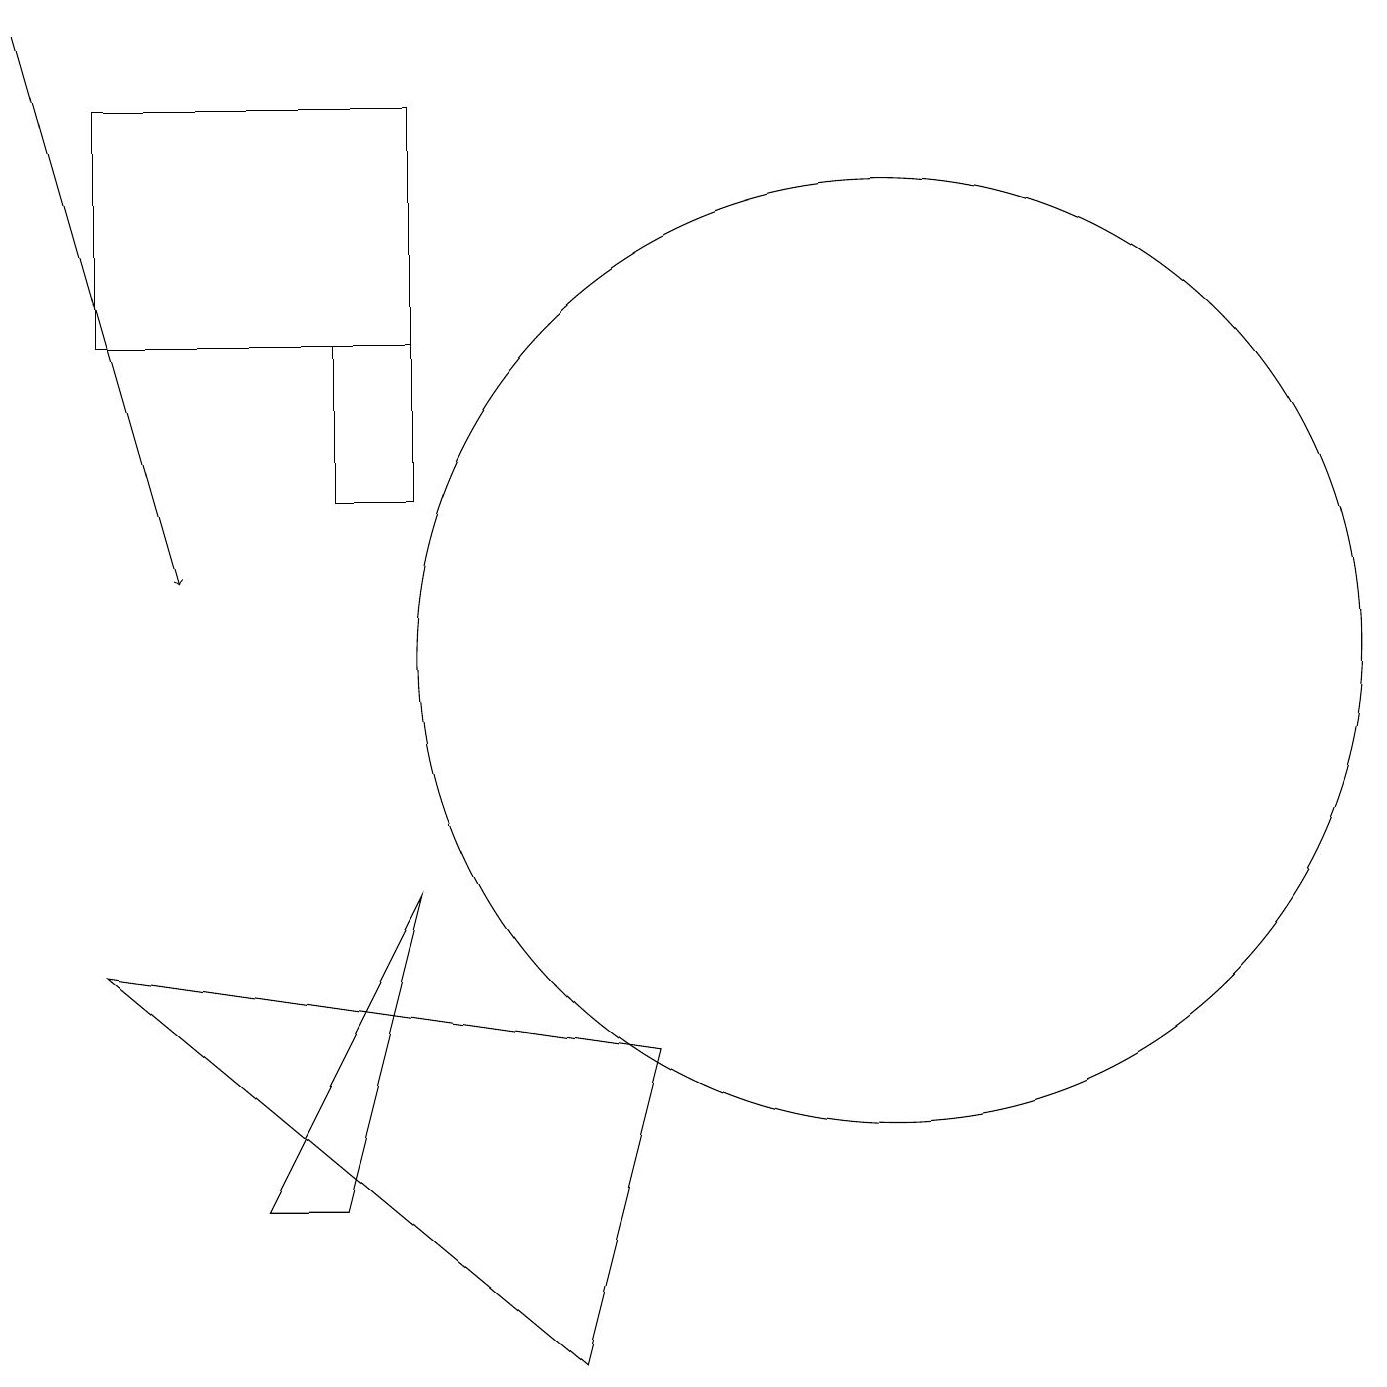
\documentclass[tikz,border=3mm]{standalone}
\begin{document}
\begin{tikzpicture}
\draw (5,14) rectangle (6,12);
\draw (8,1) -- (2,6) -- (9,5) -- cycle;
\draw[->] (1,18) -- (3,11);
\draw (2,14) rectangle (6,17);
\draw (5,3) -- (4,3) -- (6,7) -- cycle;
\draw (12,10) circle (6);
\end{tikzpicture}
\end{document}